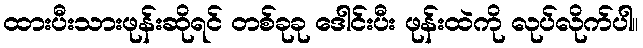
ထားပီးသားဖုန်းဆိုရင် တစ်ခုခု ဒေါင်းပီး ဖုန်းထဲကို လုပ်လိုက်ပါ။